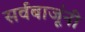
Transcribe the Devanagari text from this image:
सर्वबाजूंनी